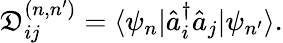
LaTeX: \mathfrak{D}_{ij}^{(n,n^{\prime})}=\langle\psi_{n}|\hat{{a}}_{i}^{\dagger}\hat{{a}}_{j}|\psi_{n^{\prime}}\rangle.